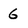
Character: 6